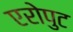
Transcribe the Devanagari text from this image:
एरोपुट